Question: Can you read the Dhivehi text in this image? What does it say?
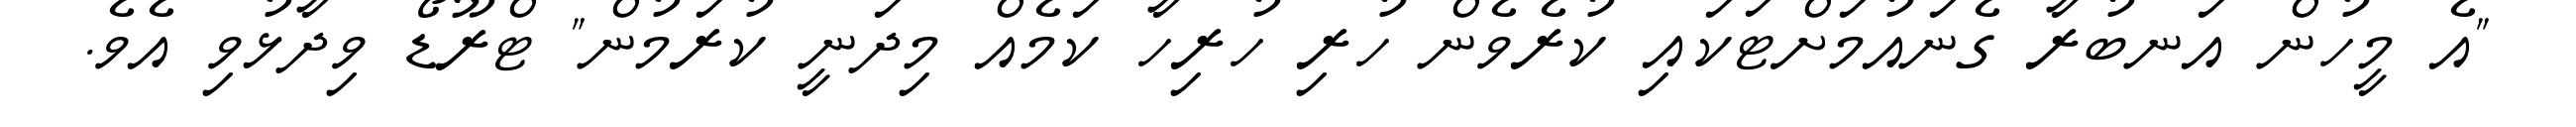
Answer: "އެ މީހުން އަނބުރާ ގެނައުމަށްޓަކައި ކުރެވެން ހުރި ހުރިހާ ކަމެއް މިދަނީ ކުރަމުން" ޓްރޫޑޯ ވިދާޅުވި އެވެ.